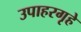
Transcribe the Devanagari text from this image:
उपाहरगृहे